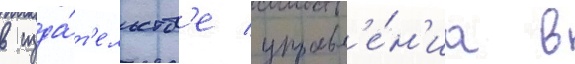
в изда́т'ельств'е управл'е́н'иа в